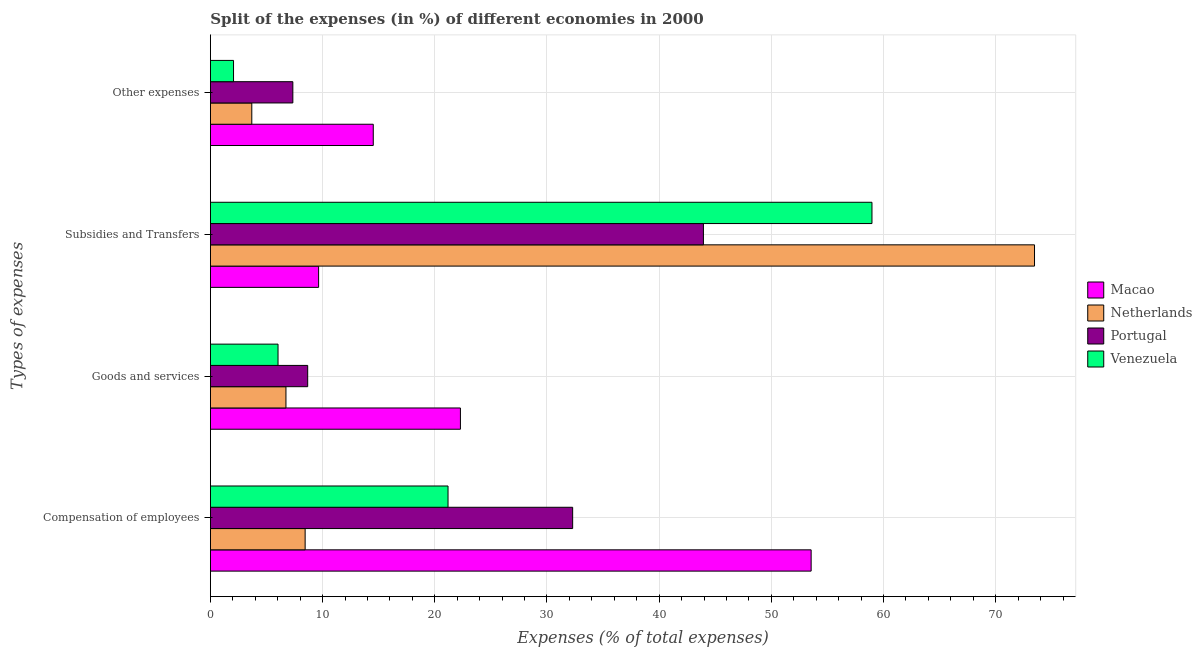
| Types of expenses | Macao | Netherlands | Portugal | Venezuela |
 | --- | --- | --- | --- | --- |
 | Compensation of employees | 53.5 | 8.45 | 32.3 | 21.2 |
 | Goods and services | 22.3 | 6.74 | 8.67 | 6.03 |
 | Subsidies and Transfers | 9.65 | 73.5 | 43.9 | 59 |
 | Other expenses | 14.5 | 3.69 | 7.35 | 2.06 |